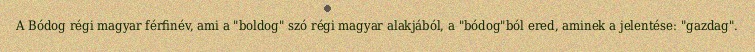
A Bódog régi magyar férfinév, ami a "boldog" szó régi magyar alakjából, a "bódog"ból ered, aminek a jelentése: "gazdag".